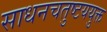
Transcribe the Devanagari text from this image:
साधनचतुष्टययुक्त